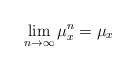
LaTeX: \begin{align*}\lim_{n\rightarrow\infty} \mu_x^n =\mu_x\end{align*}